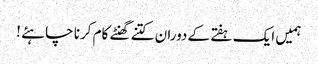
ہمیں ایک ہفتے کے دوران کتنے گھنٹے کام کرنا چاہئے !